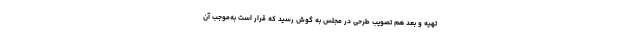
تهیه و بعد هم تصویب طرحی در مجلس به گوش رسید که قرار است به‌موجب آن